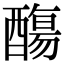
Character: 𨢩